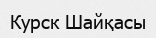
Курск Шайқасы